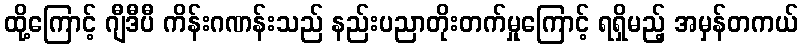
ထို့ကြောင့် ဂျီဒီပီ ကိန်းဂဏန်းသည် နည်းပညာတိုးတက်မှုကြောင့် ရရှိမည့် အမှန်တကယ်